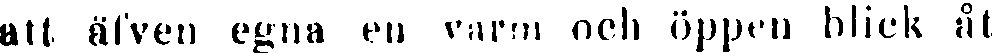
att äfven egna en varm och öppen blick åt